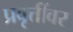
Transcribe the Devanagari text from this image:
प्रवृत्तींवर